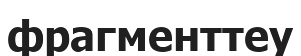
фрагменттеу